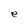
Character: e